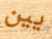
يين